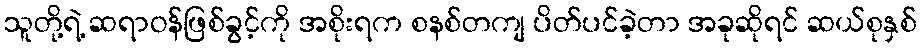
သူတို့ရဲ့ ဆရာဝန်ဖြစ်ခွင့်ကို အစိုးရက စနစ်တကျ ပိတ်ပင်ခဲ့တာ အခုဆိုရင် ဆယ်စုနှစ်